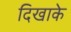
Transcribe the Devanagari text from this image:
दिखाके